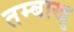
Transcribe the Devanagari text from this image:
तम्बाखु